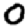
Digit: 0